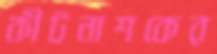
কীটনাশকের